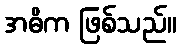
အဓိက ဖြစ်သည်။